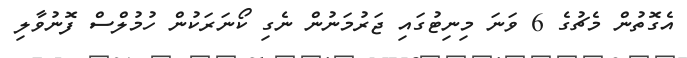
އެގޮތުން މެޗުގެ 6 ވަނަ މިނިޓުގައި ޖަރުމަނުން ނެގި ކޯނަރަކުން ހުމުލްސް ފޮނުވާލި